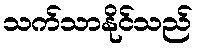
သက်သာနိုင်သည်